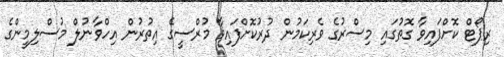
ރިޕޯޓް ކޮށްފައިވާ ގޮތުގައި މިސްރުގެ ވެރިކަމުން ދުރުކޮށްފައިވާ މުރްސީގެ އިތުރުން އިހްވާނުލް މުސްލިމީންގެ